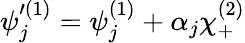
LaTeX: \psi_{j}^{\prime(1)}=\psi_{j}^{(1)}+\alpha_{j}\chi_{+}^{(2)}